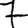
Digit: 7